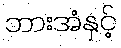
ဘားအံနှင့်